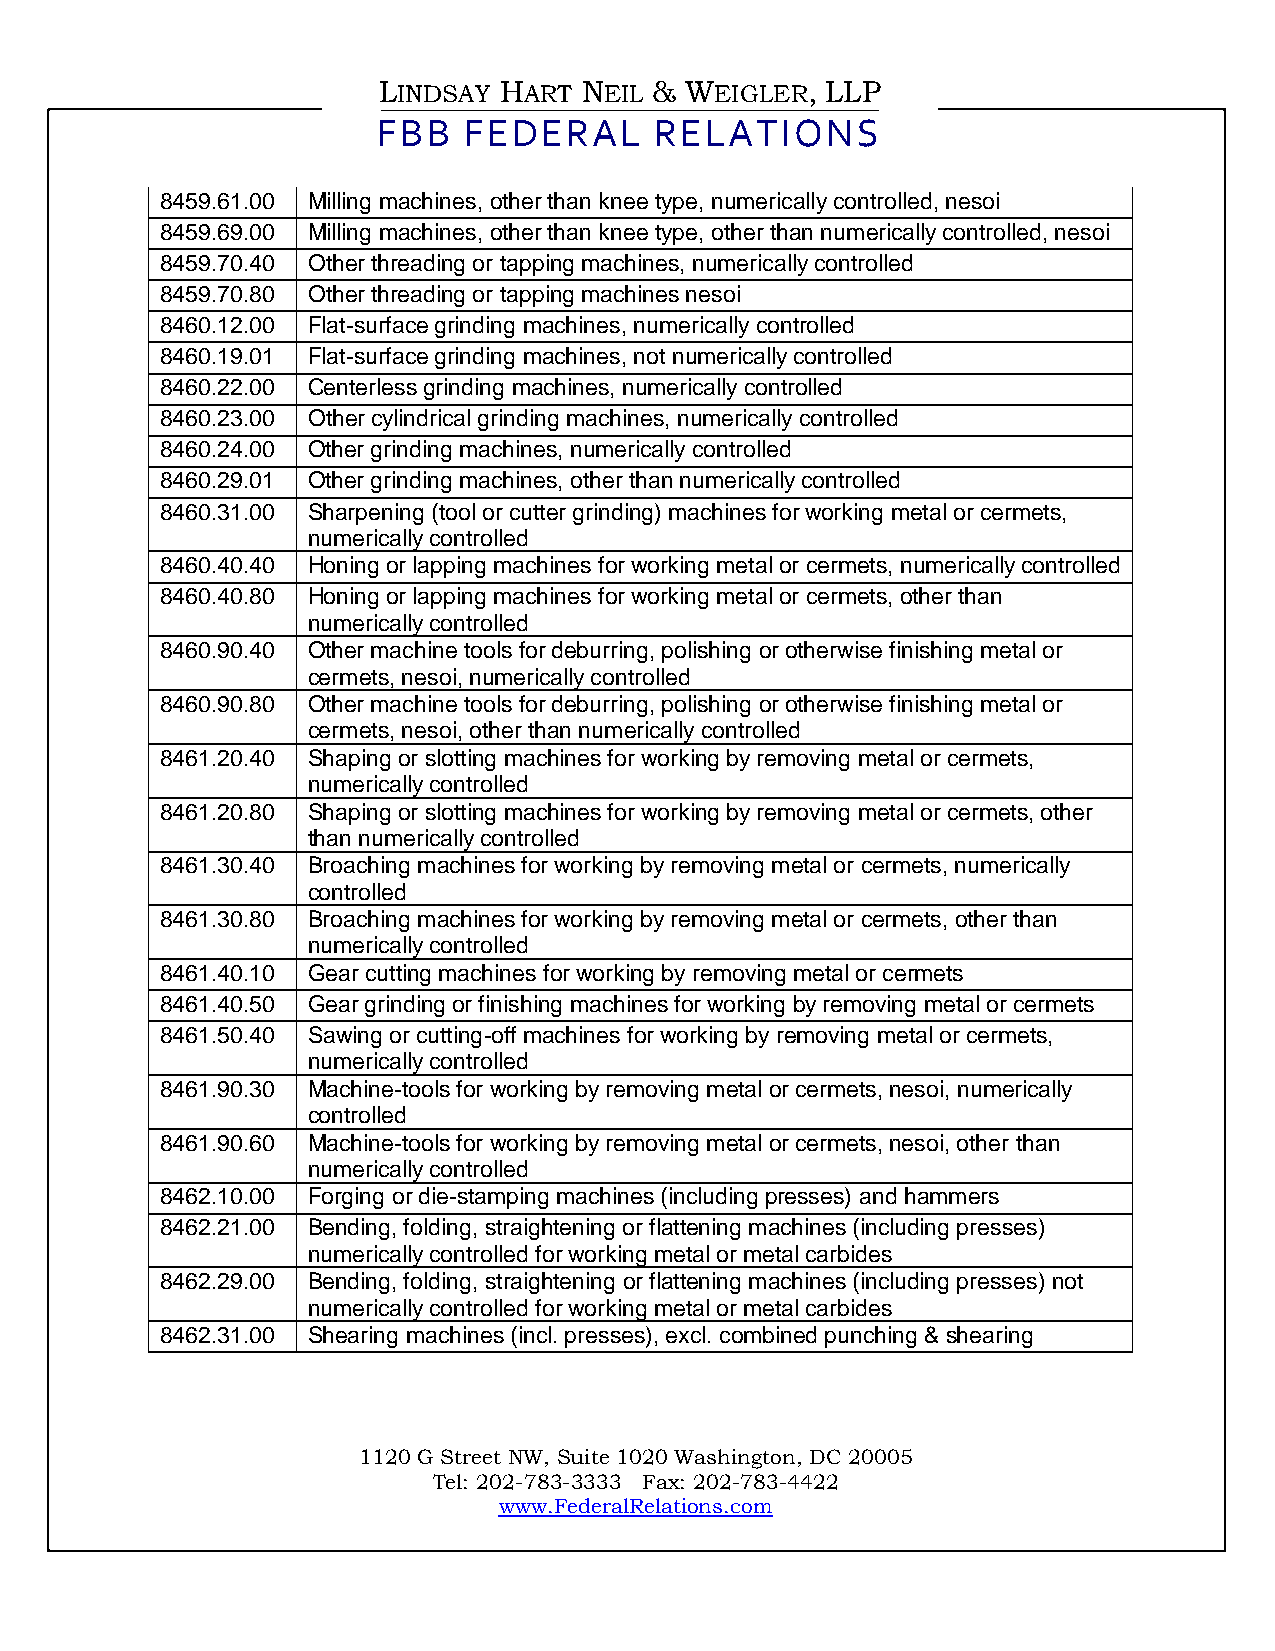
LINDSAY HART  NEIL & WEIGLER, LLP
 FBB   FEDERAL     RELATIONS
 8459.61.00 Mill ing machines, other than knee type, numerically controlled, nesoi
 8459.69.00 Milling machines, other than knee type, other than numerically controlled, nesoi
 8459.70.40 Other threading or tapping machines, numerically controlled
 8459.70.80 Other threading or tapping machines nesoi
 8460.12.00 Flat-surface grinding machines, numerically controlled
 8460.19.01 Flat-surface grinding machines, not numerically controlled
 8460.22.00 Centerless grinding machines, numerically controlled
 8460.23.00 Other cylindrical grinding machines, numerically controlled
 8460.24.00 Other grinding machines, numerically controlled
 8460.29.01 Other grinding machines, other than numerically controlled
 8460.31.00 Sharpening (tool or cutter grinding) machines for working metal or cermets,
 numerically controlled
 8460.40.40 Honing or lapping machines for working metal or cermets, numerically controlled
 8460.40.80 Honing or lapping machines for working metal or cermets, other than
 numerically controlled
 8460.90.40 Other machine tools for deburring, polishing or otherwise finishing metal or
 cermets, nesoi, numerically controlled
 8460.90.80 Other machine tools for deburring, polishing or otherwise finishing metal or
 cermets, nesoi, other than numerically controlled
 8461.20.40 Shaping or slotting machines for working by removing metal or cermets,
 numerically controlled
 8461.20.80 Shaping or slotting machines for working by removing metal or cermets, other
 than numerically controlled
 8461.30.40 Broaching machines for working by removing metal or cermets, numerically
 controlled
 8461.30.80 Broaching machines for working by removing metal or cermets, other than
 numerically controlled
 8461.40.10 Gear cutting machines for working by removing metal or cermets
 8461.40.50 Gear grinding or finishing machines for working by removing metal or cermets
 8461.50.40 Sawing or cutting-off machines for working by removing metal or cermets,
 numerically controlled
 8461.90.30 Machine-tools for working by removing metal or cermets, nesoi, numerically
 controlled
 8461.90.60 Machine-tools for working by removing metal or cermets, nesoi, other than
 numerically controlled
 8462.10.00 Forging or die-stamping machines (including presses) and hammers
 8462.21.00 Bending, folding, straightening or flattening machines (including presses)
 numerically controlled for working metal or metal carbides
 8462.29.00 Bending, folding, straightening or flattening machines (including presses) not
 numerically controlled for working metal or metal carbides
 8462.31.00 Shearing machines (incl. presses), excl. combined punching & shearing
 1120 G Street NW, Suite 1020 Washington, DC 20005
 Tel: 202-783-3333 Fax: 202-783-4422
 www.FederalRelations.com